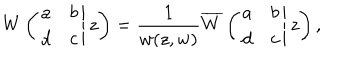
LaTeX: W \left( \left. \begin{array} { c c } { { a } } & { { b } } \\ { { d } } & { { c } } \\ \end{array} \right| z \right) = \frac { 1 } { w ( z , w ) } \overline { { { W } } } \left( \left. \begin{array} { c c } { { a } } & { { b } } \\ { { d } } & { { c } } \\ \end{array} \right| z \right) ,